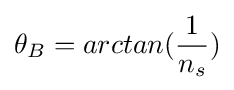
\theta _{B}=arctan({\frac {1}{n_{s}}})